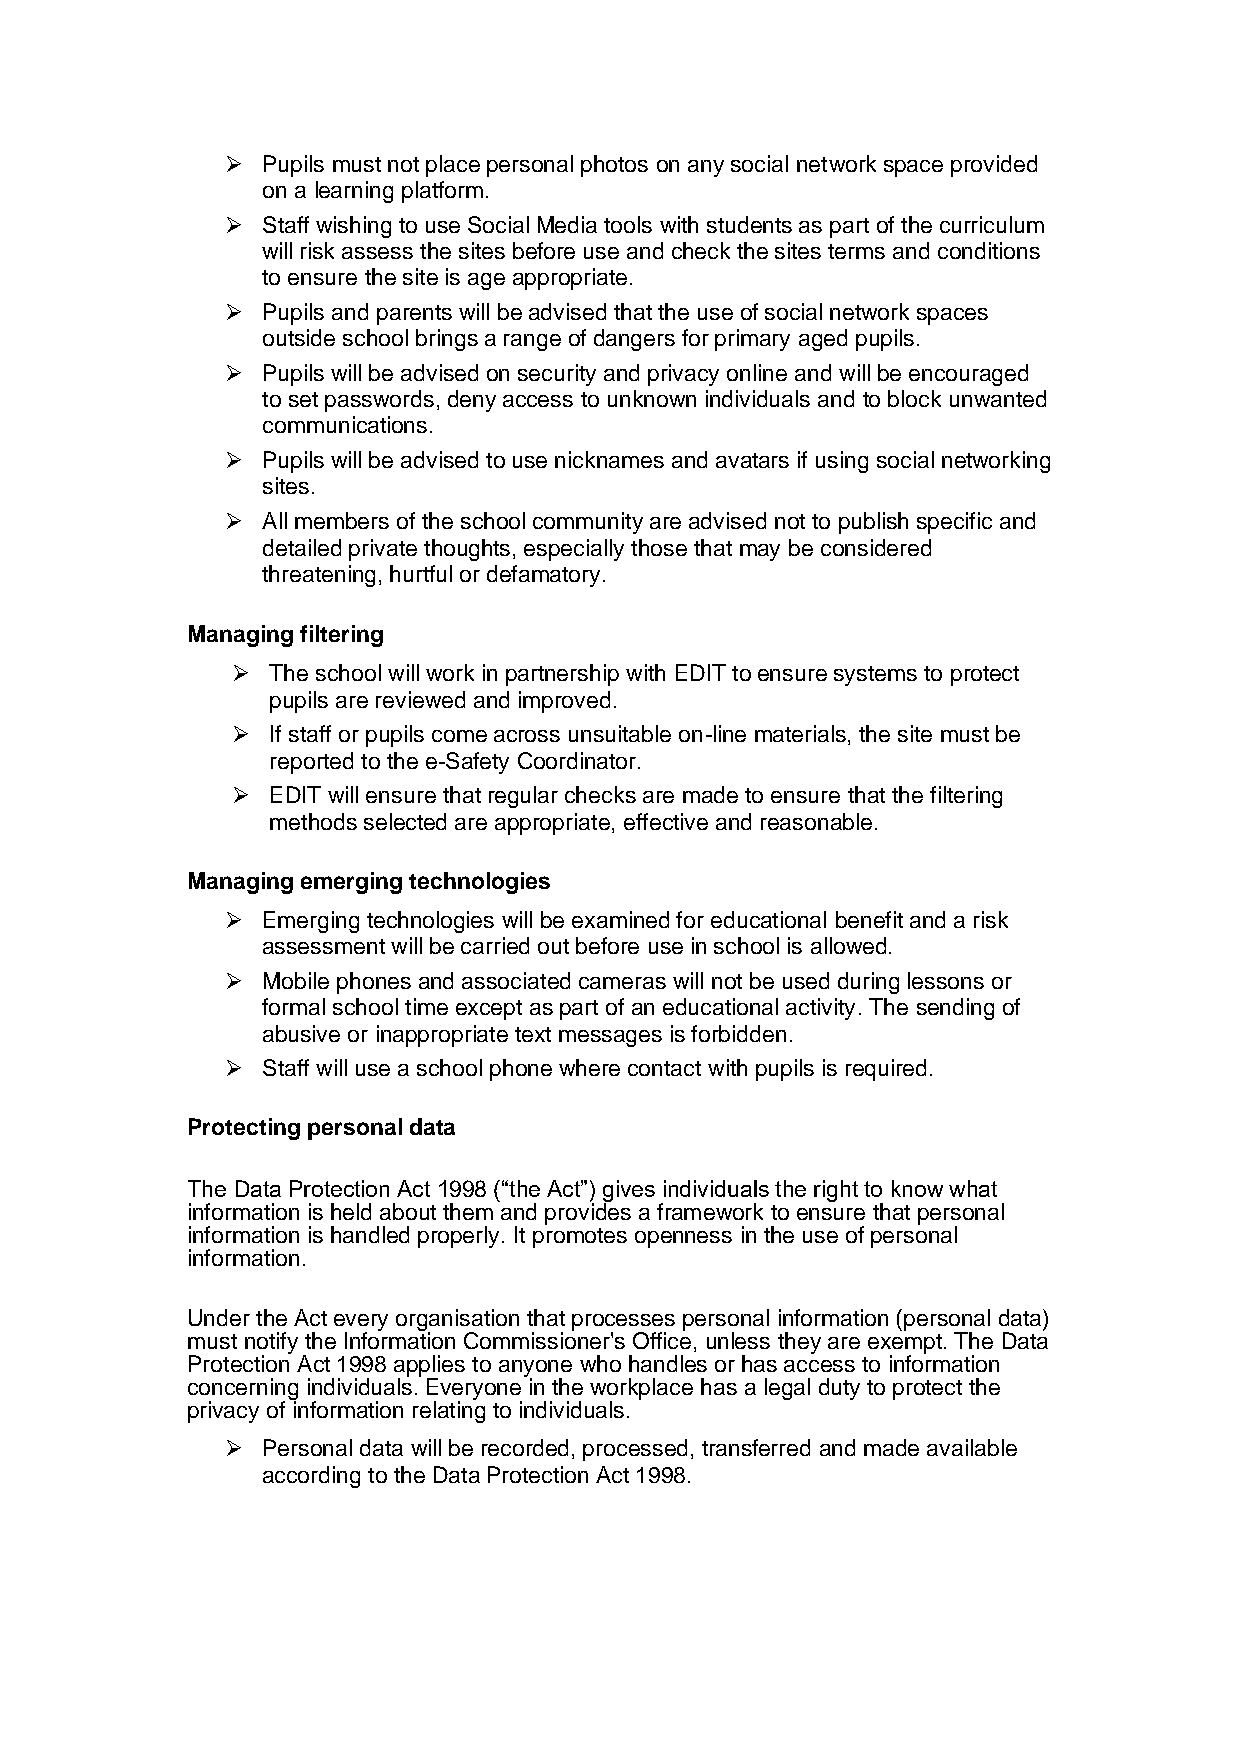
 Pupils must not place personal photos on any social network space provided
 on a learning platform.
  Staff wishing to use Social Media tools with students as part of the curriculum
 will risk assess the sites before use and check the sites terms and conditions
 to ensure the site is age appropriate.
  Pupils and parents will be advised that the use of social network spaces
 outside school brings a range of dangers for primary aged pupils.
  Pupils will be advised on security and privacy online and will be encouraged
 to set passwords, deny access to unknown individuals and to block unwanted
 communications.
  Pupils will be advised to use nicknames and avatars if using social networking
 sites.
  All members of the school community are advised not to publish specific and
 detailed private thoughts, especially those that may be considered
 threatening, hurtful or defamatory.
 Managing filtering
   The school will work in partnership with EDIT to ensure systems to protect
 pupils are reviewed and improved.
   If staff or pupils come across unsuitable on-line materials, the site must be
 reported to the e-Safety Coordinator.
   EDIT will ensure that regular checks are made to ensure that the filtering
 methods selected are appropriate, effective and reasonable.
 Managing emerging technologies
  Emerging technologies will be examined for educational benefit and a risk
 assessment will be carried out before use in school is allowed.
  Mobile phones and associated cameras will not be used during lessons or
 formal school time except as part of an educational activity. The sending of
 abusive or inappropriate text messages is forbidden.
  Staff will use a school phone where contact with pupils is required.
 Protecting personal data
 The Data Protection Act 1998 (“the Act”) gives individuals the right to know what
 information is held about them and provides a framework to ensure that personal
 information is handled properly. It promotes openness in the use of personal
 information.
 Under the Act every organisation that processes personal information (personal data)
 must notify the Information Commissioner's Office, unless they are exempt. The Data
 Protection Act 1998 applies to anyone who handles or has access to information
 concerning individuals. Everyone in the workplace has a legal duty to protect the
 privacy of information relating to individuals.
  Personal data will be recorded, processed, transferred and made available
 according to the Data Protection Act 1998.